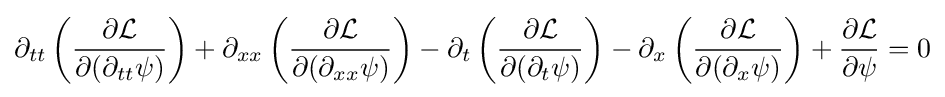
\partial _{tt}\left({\frac {\partial {\mathcal {L}}}{\partial (\partial _{tt}\psi )}}\right)+\partial _{xx}\left({\frac {\partial {\mathcal {L}}}{\partial (\partial _{xx}\psi )}}\right)-\partial _{t}\left({\frac {\partial {\mathcal {L}}}{\partial (\partial _{t}\psi )}}\right)-\partial _{x}\left({\frac {\partial {\mathcal {L}}}{\partial (\partial _{x}\psi )}}\right)+{\frac {\partial {\mathcal {L}}}{\partial \psi }}=0